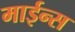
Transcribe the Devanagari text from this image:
माईन्स